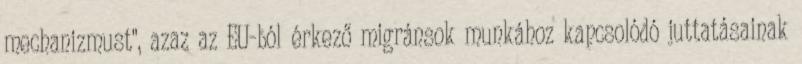
mechanizmust", azaz az EU-ból érkező migránsok munkához kapcsolódó juttatásainak